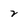
Character: 2